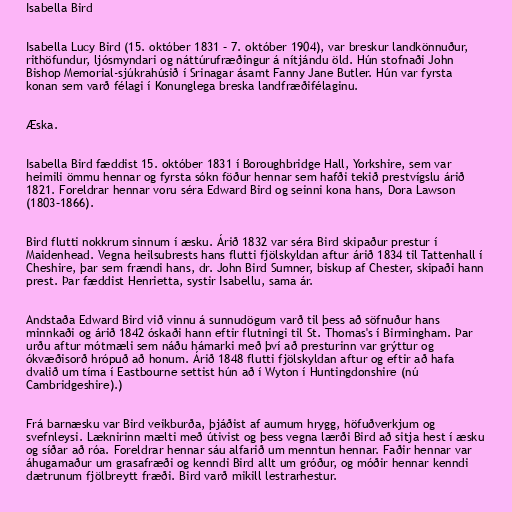
Isabella Bird

Isabella Lucy Bird (15. október 1831 – 7. október 1904), var breskur landkönnuður,
rithöfundur, ljósmyndari og náttúrufræðingur á nítjándu öld. Hún stofnaði John
Bishop Memorial-sjúkrahúsið í Srinagar ásamt Fanny Jane Butler. Hún var fyrsta
konan sem varð félagi í Konunglega breska landfræðifélaginu.

Æska.

Isabella Bird fæddist 15. október 1831 í Boroughbridge Hall, Yorkshire, sem var
heimili ömmu hennar og fyrsta sókn föður hennar sem hafði tekið prestvígslu árið
1821. Foreldrar hennar voru séra Edward Bird og seinni kona hans, Dora Lawson
(1803–1866).

Bird flutti nokkrum sinnum í æsku. Árið 1832 var séra Bird skipaður prestur í
Maidenhead. Vegna heilsubrests hans flutti fjölskyldan aftur árið 1834 til Tattenhall í
Cheshire, þar sem frændi hans, dr. John Bird Sumner, biskup af Chester, skipaði hann
prest. Þar fæddist Henrietta, systir Isabellu, sama ár.

Andstaða Edward Bird við vinnu á sunnudögum varð til þess að söfnuður hans
minnkaði og árið 1842 óskaði hann eftir flutningi til St. Thomas's í Birmingham. Þar
urðu aftur mótmæli sem náðu hámarki með því að presturinn var grýttur og
ókvæðisorð hrópuð að honum. Árið 1848 flutti fjölskyldan aftur og eftir að hafa
dvalið um tíma í Eastbourne settist hún að í Wyton í Huntingdonshire (nú
Cambridgeshire).)

Frá barnæsku var Bird veikburða, þjáðist af aumum hrygg, höfuðverkjum og
svefnleysi. Læknirinn mælti með útivist og þess vegna lærði Bird að sitja hest í æsku
og síðar að róa. Foreldrar hennar sáu alfarið um menntun hennar. Faðir hennar var
áhugamaður um grasafræði og kenndi Bird allt um gróður, og móðir hennar kenndi
dætrunum fjölbreytt fræði. Bird varð mikill lestrarhestur.